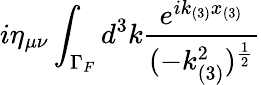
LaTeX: i\eta_{\mu\nu}\int_{\Gamma_{F}}d^{3}k\frac{e^{ik_{(3)}x_{(3)}}}{(-k_{(3)}^{2})^{\frac{1}{2}}}